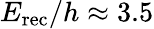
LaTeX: E_{\mathrm{rec}}/h\approx 3.5